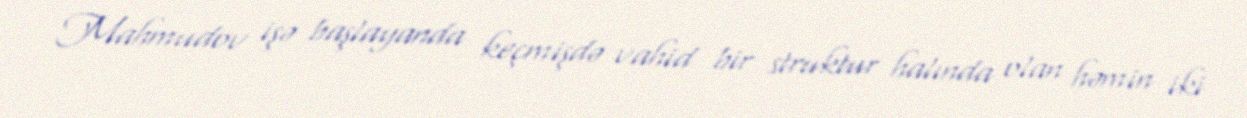
Mahmudov işə başlayanda keçmişdə vahid bir struktur halında olan həmin iki